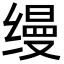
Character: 缦